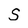
Character: S